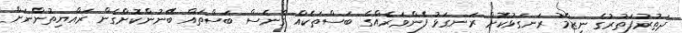
ދަތުރުފަތުރުގެ ނިޒާމު ރަނގަޅުކޮށް ރަނގަޅު ފެންވަރެއްގެ ބަސްތަކެއް ގެނެސް ބަސްތައް ބޭނުންކޮށްގެން ރައްޔިތުންނަށް